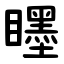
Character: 䁼